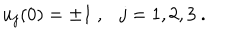
u _ { j } ( 0 ) = \pm 1 \ , \ \ \ j = 1 , 2 , 3 \ .